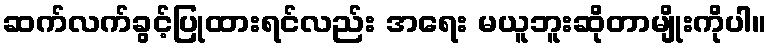
ဆက်လက်ခွင့်ပြုထားရင်လည်း အရေး မယူဘူးဆိုတာမျိုးကိုပါ။